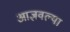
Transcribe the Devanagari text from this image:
आज्ञवल्या